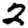
Digit: 2